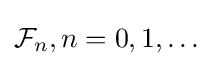
{\mathcal {F}}_{n},n=0,1,\ldots